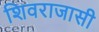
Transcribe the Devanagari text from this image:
शिवराजासी